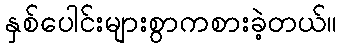
နှစ်ပေါင်းများစွာကစားခဲ့တယ်။